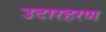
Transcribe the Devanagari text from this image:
उदारहरण